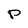
Character: P